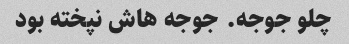
چلو جوجه. جوجه هاش نپخته بود